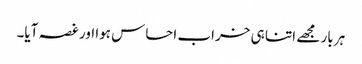
ہر بار مجھے اتنا ہی خراب احساس ہوا اور غصہ آیا۔